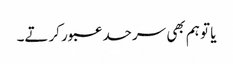
یا تو ہم بھی سرحد عبور کرتے۔